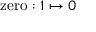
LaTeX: \mathrm { z e r o } : 1 \mapsto 0